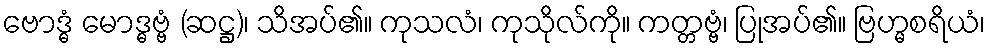
ဗောဒ္ဓံ မောဒ္ဓဗ္ဗံ (ဆဋ္ဌ)၊ သိအပ်၏။ ကုသလံ၊ ကုသိုလ်ကို။ ကတ္တဗ္ဗံ၊ ပြုအပ်၏။ ဗြဟ္မစရိယံ၊